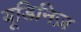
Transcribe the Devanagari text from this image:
यूडिनिज़